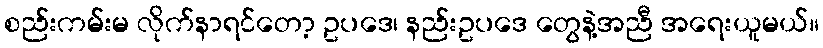
စည်းကမ်းမ လိုက်နာရင်တော့ ဥပဒေ၊ နည်းဥပဒေ တွေနဲ့အညီ အရေးယူမယ်။